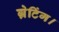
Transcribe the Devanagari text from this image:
ग्रेटिंग।